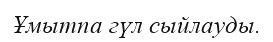
Ұмытпа гүл сыйлауды.